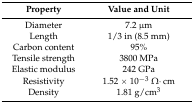
<table><thead><tr><td><b>Property</b></td><td><b>Value and Unit</b></td></tr></thead><tbody><tr><td>Diameter</td><td>7.2 μm</td></tr><tr><td>Length</td><td>1/3 in (8.5 mm)</td></tr><tr><td>Carbon content</td><td>95%</td></tr><tr><td>Tensile strength</td><td>3800 MPa</td></tr><tr><td>Elastic modulus</td><td>242 GPa</td></tr><tr><td>Resistivity</td><td>1.52 × 10<sup>−3</sup> Ω·cm</td></tr><tr><td>Density</td><td>1.81 g/cm<sup>3</sup></td></tr></tbody></table>